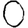
Digit: 0